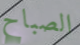
الصباح